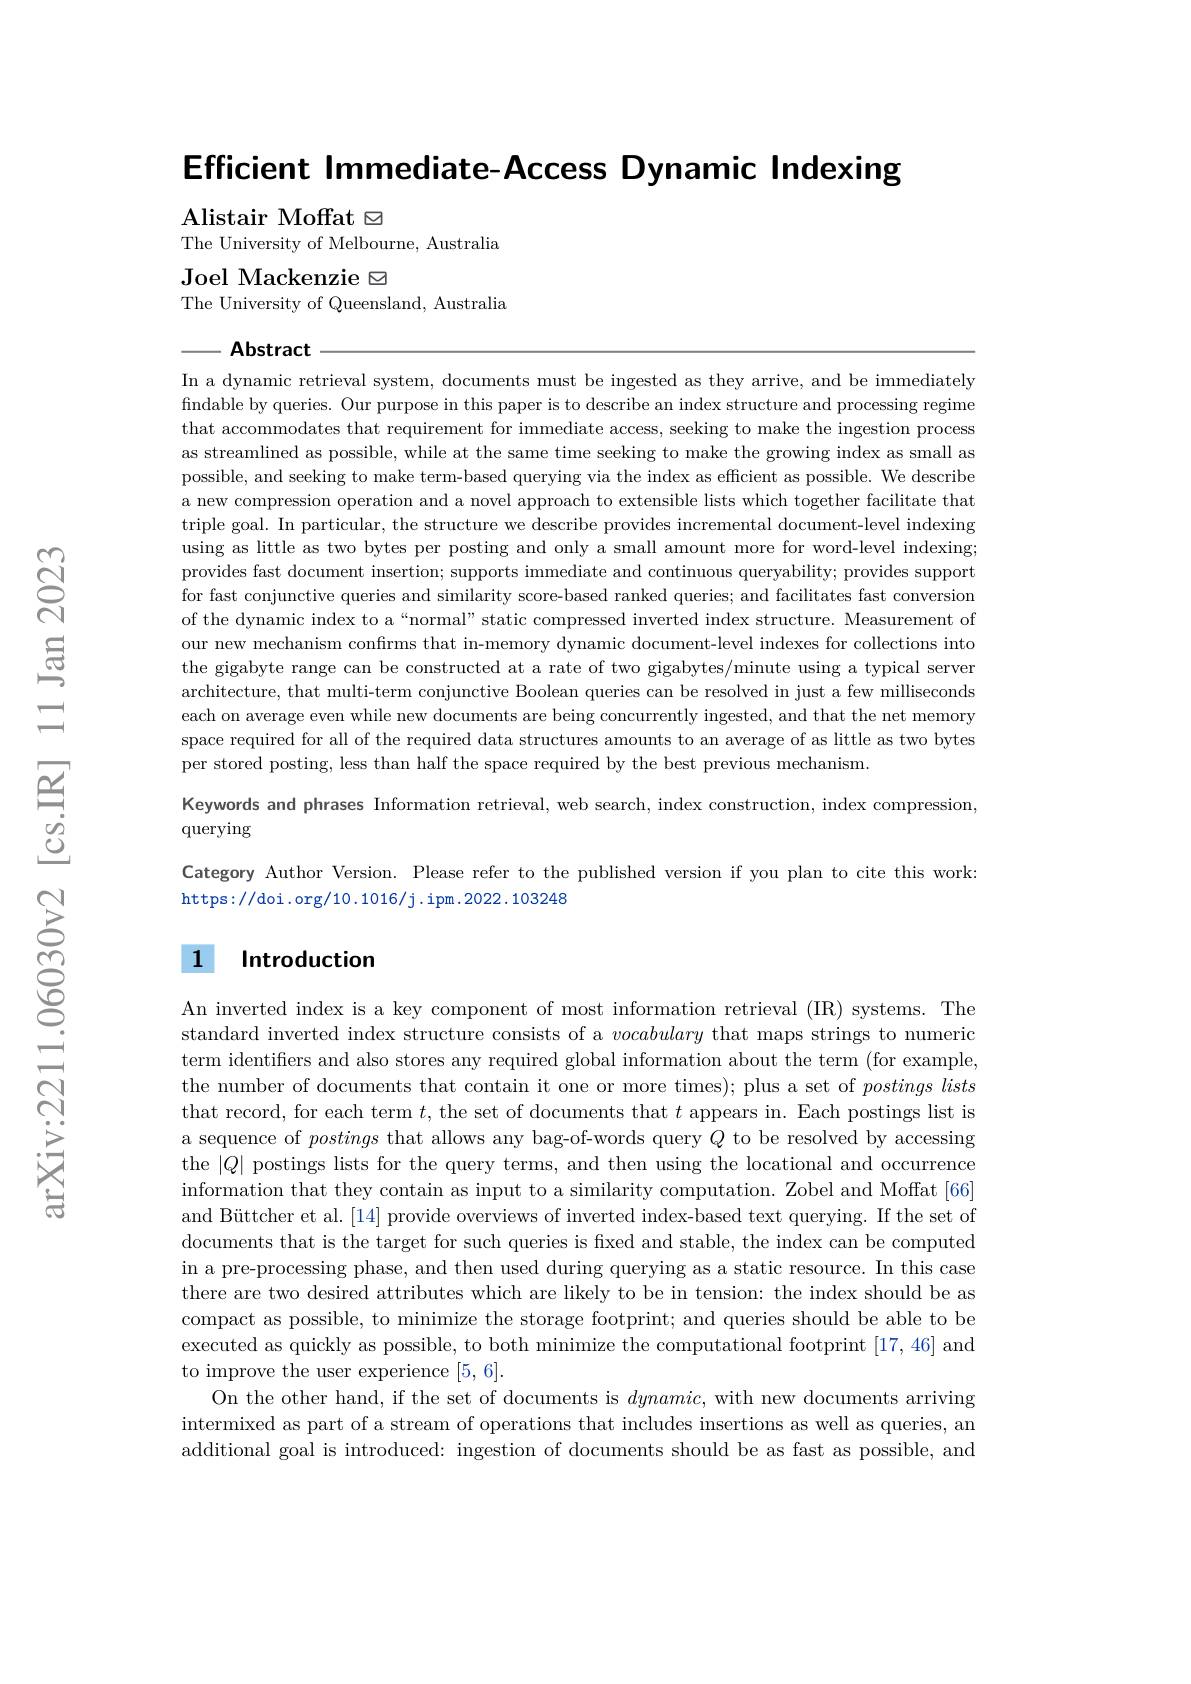
Efficient Immediate-Access Dynamic Indexing
$\textbf{Alistair Moffat}\boxtimes$

The University of Melbourne, Australia

${\mathrm{Joel~Mackenzie}}\boxtimes$
The University of Queensland, Australia

Abstract

In a dynamic retrieval system, documents must be ingested as they arrive, and be immediately findable by queries. Our purpose in this paper is to describe an index structure and processing regime that accommodates that requirement for immediate access, seeking to make the ingestion process as streamlined as possible, while at the same time seeking to make the growing index as small as possible, and seeking to make term-based querying via the index as efficient as possible. We describe a new compression operation and a novel approach to extensible lists which together facilitate that triple goal. In particular, the structure we describe provides incremental document-level indexing using as little as two bytes per posting and only a small amount more for word-level indexing; provides fast document insertion; supports immediate and continuous queryability; provides support for fast conjunctive queries and similarity score-based ranked queries; and facilitates fast conversion of the dynamic index to a“normal”static compressed inverted index structure. Measurement of our new mechanism confirms that in-memory dynamic document-level indexes for collections into the gigabyte range can be constructed at a rate of two gigabytes/minute using a typical server architecture, that multi-term conjunctive Boolean queries can be resolved in just a few milliseconds each on average even while new documents are being concurrently ingested, and that the net memory space required for all of the required data structures amounts to an average of as little as two bytes per stored posting, less than half the space required by the best previous mechanism.
Keywords and phrases Information retrieval, web search, index construction, index compression,
querying

Category Author Version. Please refer to the published version if you plan to cite this work:
https://doi.org/10.1016/j.ipm.2022.103248

## 1 Introduction

An inverted index is a key component of most information retrieval (IR) systems. The standard inverted index structure consists of a vocabulary that maps strings to numeric term identifiers and also stores any required global information about the term (for example, the number of documents that contain it one or more times); plus a set of $postings\textit{lists}$ that record, for each term $t$, the set of documents that $t$ appears in. Each postings list is a sequence of postings that allows any bag-of-words query $Q$ to be resolved by accessing the $|Q|$ postings lists for the query terms, and then using the locational and occurrence information that they contain as input to a similarity computation. Zobel and Moffat [66] and Büttcher et al.[14] provide overviews of inverted index-based text querying. If the set of documents that is the target for such queries is fixed and stable, the index can be computed in a pre-processing phase, and then used during querying as a static resource. In this case there are two desired attributes which are likely to be in tension: the index should be as compact as possible, to minimize the storage footprint; and queries should be able to be executed as quickly as possible, to both minimize the computational footprint [17,46] and to improve the user experience [5,6].
On the other hand, if the set of documents is $dynamic$, with new documents arriving intermixed as part of a stream of operations that includes insertions as well as queries, an additional goal is introduced: ingestion of documents should be as fast as possible, and